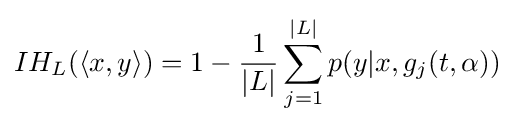
IH_{L}(\langle x,y\rangle )=1-{\frac {1}{|L|}}\sum _{j=1}^{|L|}p(y|x,g_{j}(t,\alpha ))